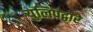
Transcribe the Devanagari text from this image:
युलिपद्वारे